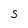
Character: S